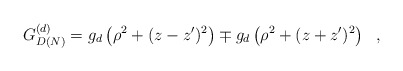
\begin{align*}G_{D(N)}^{(d)}=g_d\left(\rho^2+(z-z')^2\right)\mp g_d\left (\rho^2+(z+z')^2\right)~~,\end{align*}